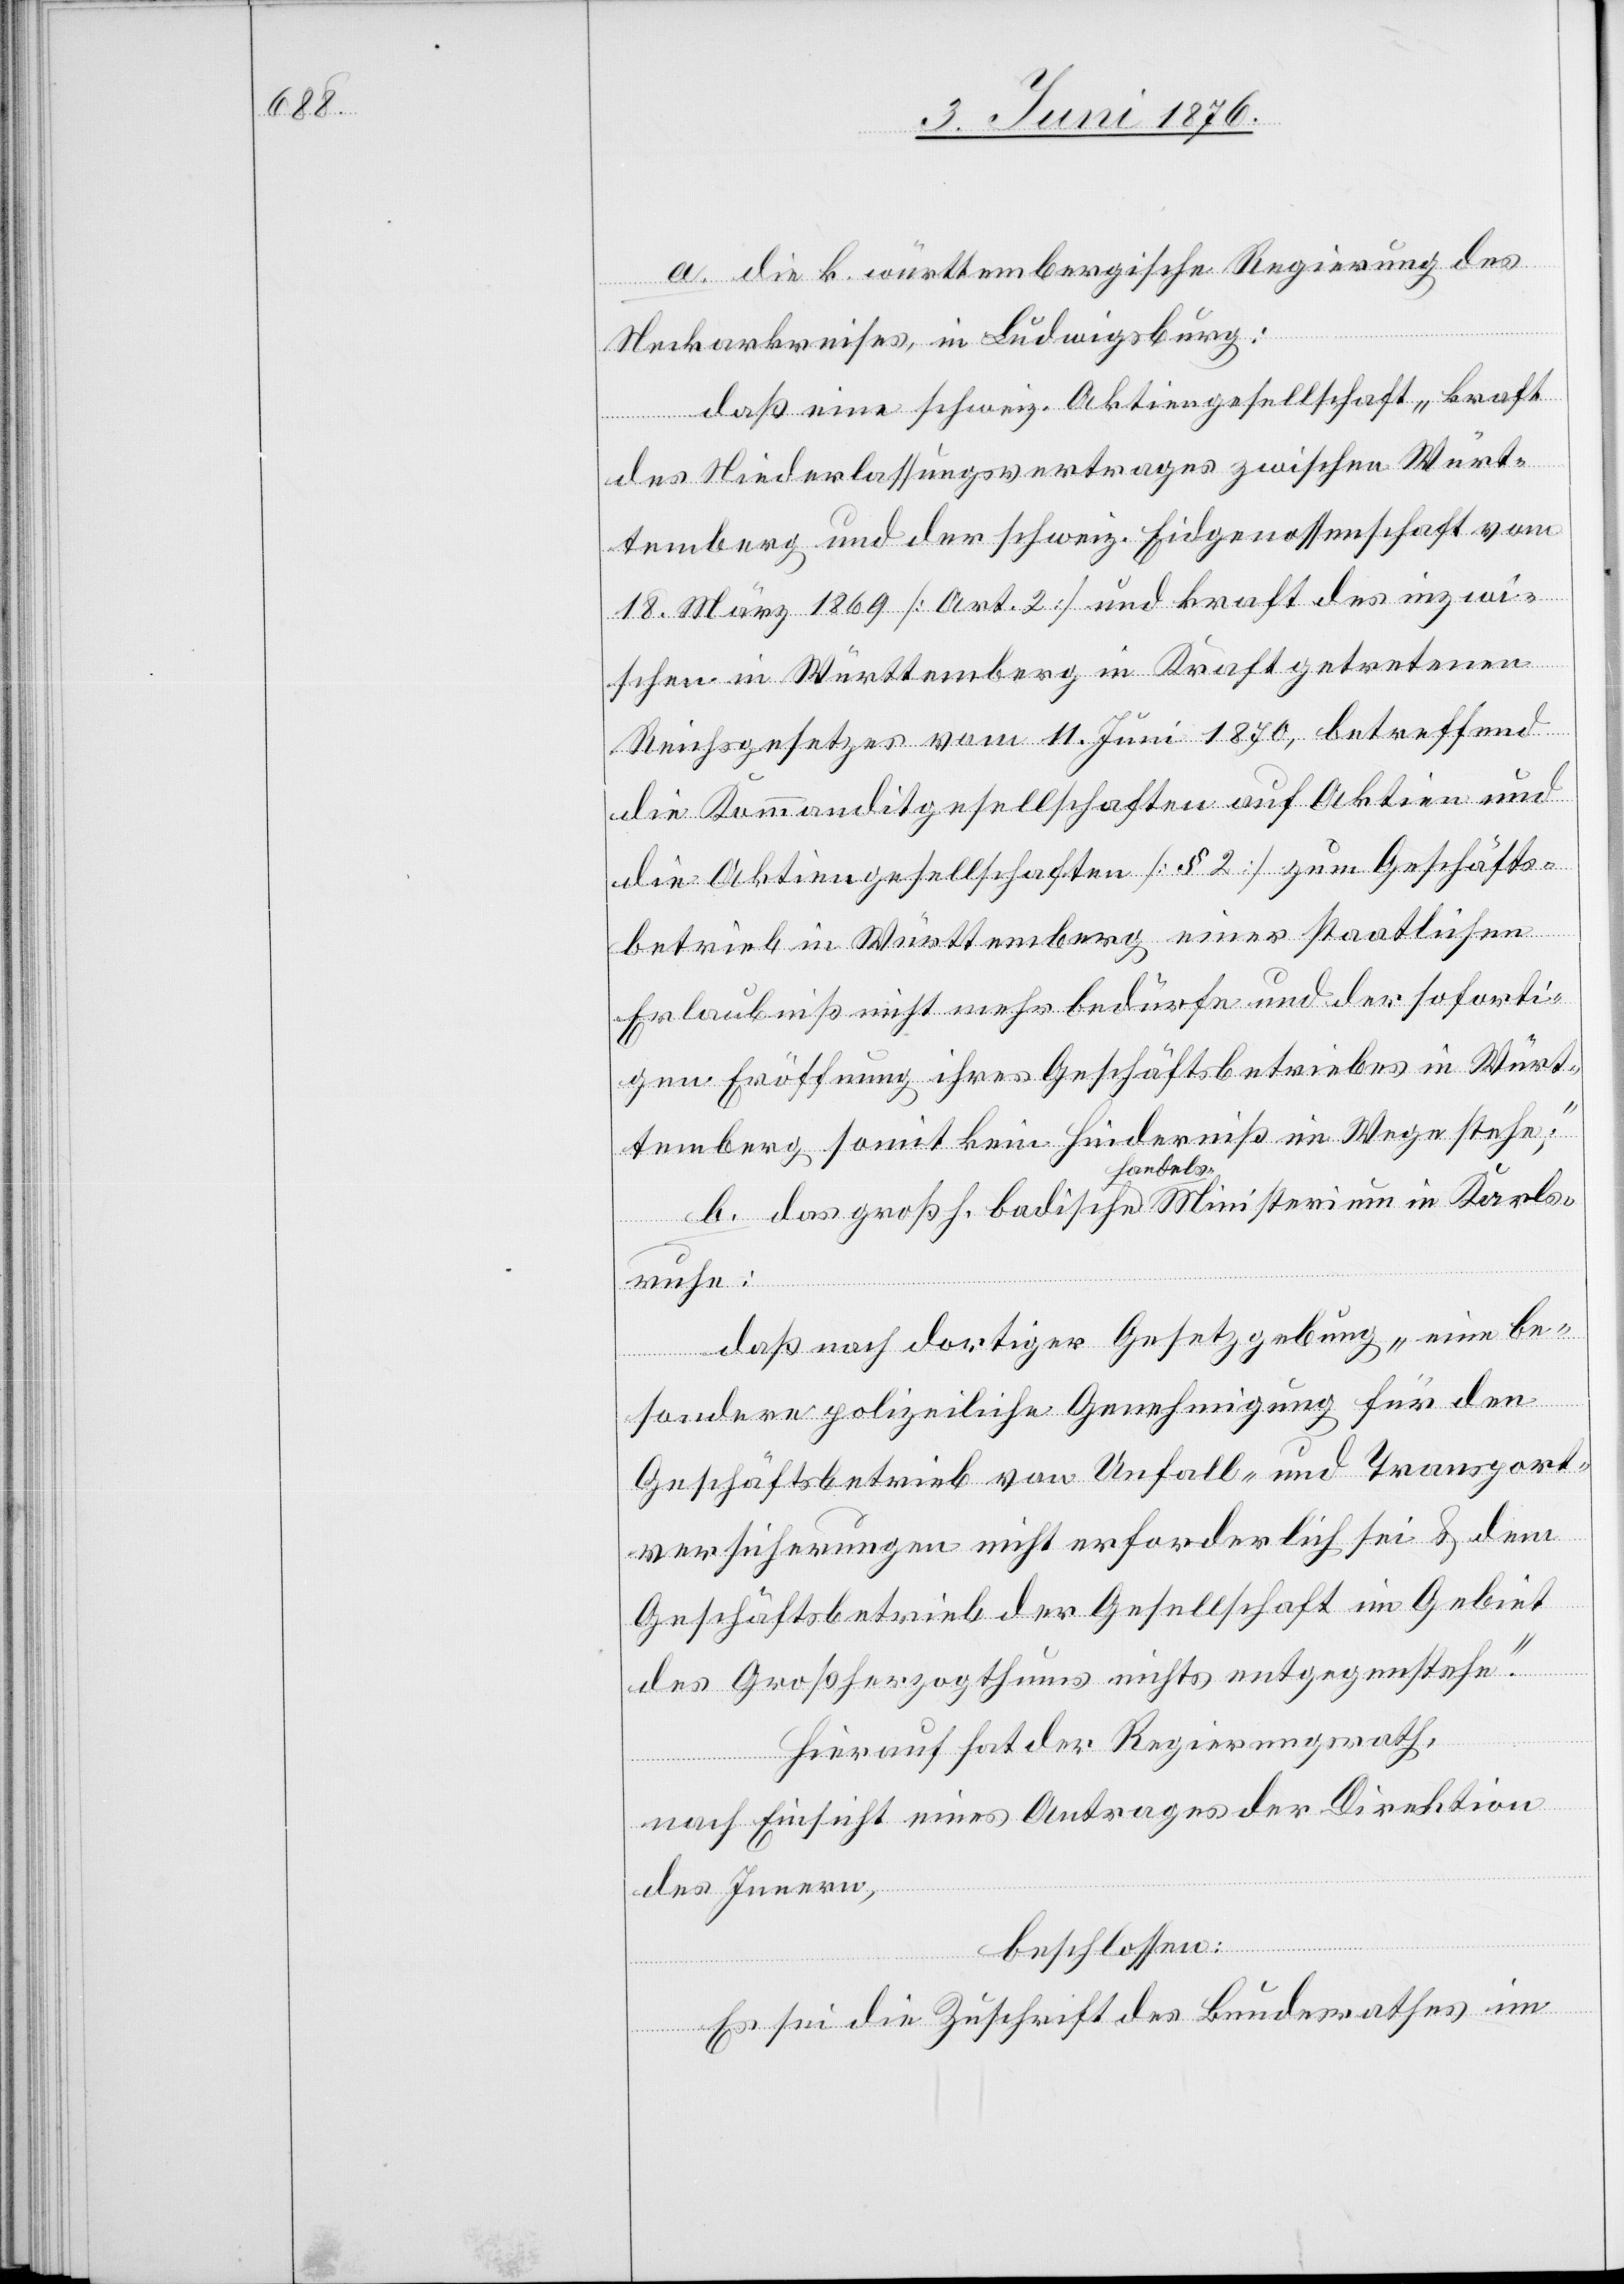
a. die k. württembergische Regierung des
Neckarkreises, in Ludwigsburg:
daß eine schweiz. Aktiengesellschaft „kraft
des Niederlassungsvertrages zwischen Würt¬
temberg und der schweiz. Eidgenossenschaft vom
18. März 1869 [Art. 2] und kraft des inzwi¬
schen in Württemberg in Kraft getretenen
Reichsgesetzes vom 11. Juni 1870, betreffend
die Kommanditgesellschaften auf Aktien und
die Aktiengesellschaften [§ 2] zum Geschäfts¬
betrieb in Württemberg einer staatlichen
Erlaubniß nicht mehr bedürfe und der soforti¬
gen Eröffnung ihres Geschäftsbetriebes in Würt¬
temberg somit kein Hinderniß im Wege stehe.“
ruhe:
daß nach dortiger Gesetzgebung „eine be¬
sondere polizeiliche Genehmigung für den
Geschäftsbetrieb von Unfall-und Transport¬
versicherungen nicht erforderlich sei & dem
b.
Geschäftsbetrieb der Gesellschaft im Gebiet
des Großherzogthums nichts entgegenstehe.“
Hierauf hat der Regierungsrath,
nach Einsicht eines Antrages der Direktion
des Innern,
beschlossen.
Es sei die Zuschrift des Bundesrathes im

Ka¬

rls¬